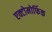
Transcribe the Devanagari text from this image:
एक्टोमोर्फिक